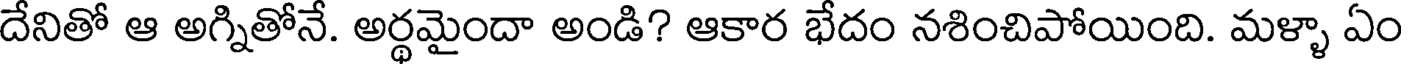
దేనితో ఆ అగ్నితోనే. అర్థమైందా అండి? ఆకార భేదం నశించిపోయింది. మళ్ళా ఏం